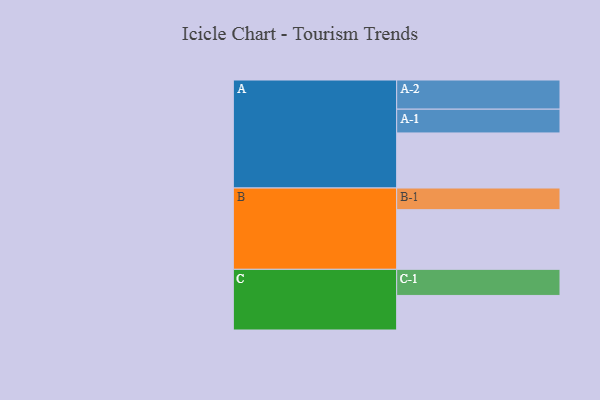
{"axis": {"x": "Segment", "y": "Value"}, "legend": ["", "A", "B", "C"], "data": [{"x": "A", "y": 542, "type": ""}, {"x": "B", "y": 587, "type": ""}, {"x": "C", "y": 340, "type": ""}, {"x": "A-1", "y": 234, "type": "A"}, {"x": "A-2", "y": 287, "type": "A"}, {"x": "B-1", "y": 213, "type": "B"}, {"x": "C-1", "y": 257, "type": "C"}]}